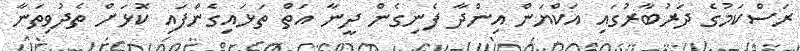
ރަސްކަމުގެ ދަރުބާރުގައި އަކްޔަން އިންދާ ފެނިގެން ދީނާ އަތް ތަޅައިގެންފައި ކޮޅަށް ތެދުވިތަނާ